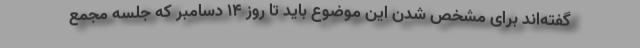
گفته‌اند برای مشخص شدن این موضوع باید تا روز ۱۴ دسامبر که جلسه مجمع‌